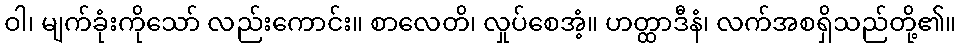
ဝါ၊ မျက်ခုံးကိုသော် လည်းကောင်း။ စာလေတိ၊ လှုပ်စေအံ့။ ဟတ္ထာဒီနံ၊ လက်အစရှိသည်တို့၏။